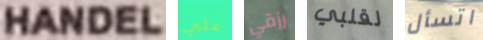
HANDEL علي رزقي لقلبي اتسأل